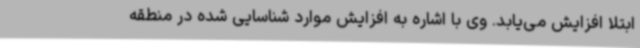
ابتلا افزایش می‌یابد. وی با اشاره به افزایش موارد شناسایی شده در منطقه